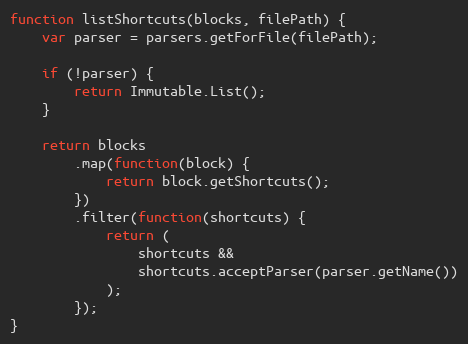
Language: JavaScript
function listShortcuts(blocks, filePath) {
    var parser = parsers.getForFile(filePath);

    if (!parser) {
        return Immutable.List();
    }

    return blocks
        .map(function(block) {
            return block.getShortcuts();
        })
        .filter(function(shortcuts) {
            return (
                shortcuts &&
                shortcuts.acceptParser(parser.getName())
            );
        });
}